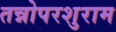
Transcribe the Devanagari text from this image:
तन्नोपरशुराम